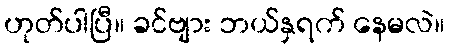
ဟုတ်ပါပြီ။ ခင်ဗျား ဘယ်နှရက် နေမလဲ။